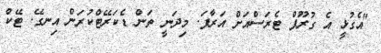
"އެގުޅީ އެ ގުރޫޕް ޓެރަސްއަށް އަރާފަ. މިދަނީ ތަން ޑެކަރޭޓްކުރަން އިނގޭ. ޓޭކް